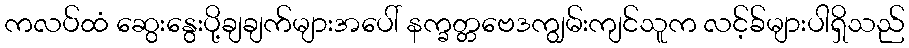
ကလပ်ထံ ဆွေးနွေးပို့ချချက်များအပေါ် နက္ခတ္တဗေဒကျွမ်းကျင်သူက လင့်ခ်များပါရှိသည်